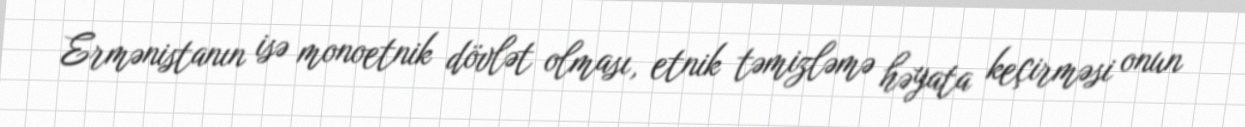
Ermənistanın isə monoetnik dövlət olması, etnik təmizləmə həyata keçirməsi onun